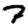
Digit: 7